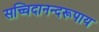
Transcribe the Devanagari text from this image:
सच्चिदानन्दरूपाय